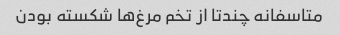
متاسفانه چندتا از تخم مرغ‌ها شکسته بودن